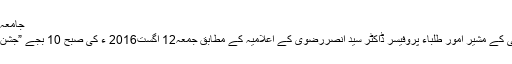
جامعہ کراچی: جشن آزادی واک آج ہوگی
کراچی:(نیوزآن لائن)جا معہ کراچی کے مشیر امور طلباء پروفیسر ڈاکٹر سید انصررضوی کے اعلامیہ کے مطابق جمعہ12 اگست2016 ء کی صبح 10 بجے ”جشن آزادی واک” منعقدکی جارہی ہے ۔